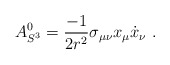
\begin{align*}A_{S^{3}}^{0}={\frac{-1}{2r^{2}}}\sigma _{\mu \nu }x_{\mu }\dot{x}_{\nu }\ .\end{align*}